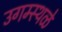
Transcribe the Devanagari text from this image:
उगम्स्थळे